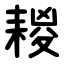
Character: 䎫